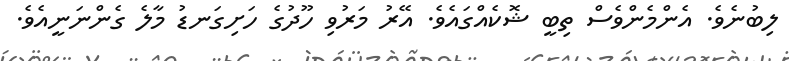
ލިބުނެވެ. އެންމެންވެސް ތިބީ ޝޮކެއްގައެވެ. އޭރު މަރުވި ހޫދުގެ ހަށިގަނޑު މާލެ ގެންނަނީއެވެ.